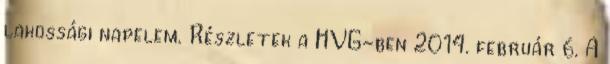
lakossági napelem. Részletek a HVG-ben 2014. február 6. A